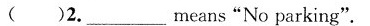
( )2.___means"No parking".